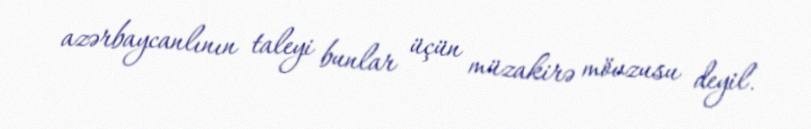
azərbaycanlının taleyi bunlar üçün müzakirə mövzusu deyil.